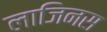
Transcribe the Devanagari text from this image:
लाजिनस